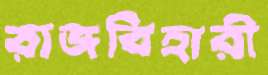
রাজবিহারী